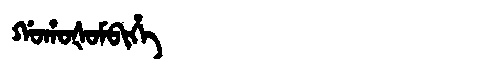
Manchu: ᡤᠣᡥᠣᡧᠣᠮᠪᡳᡥᡝ
Romanization: GOHOŠOMBIHE